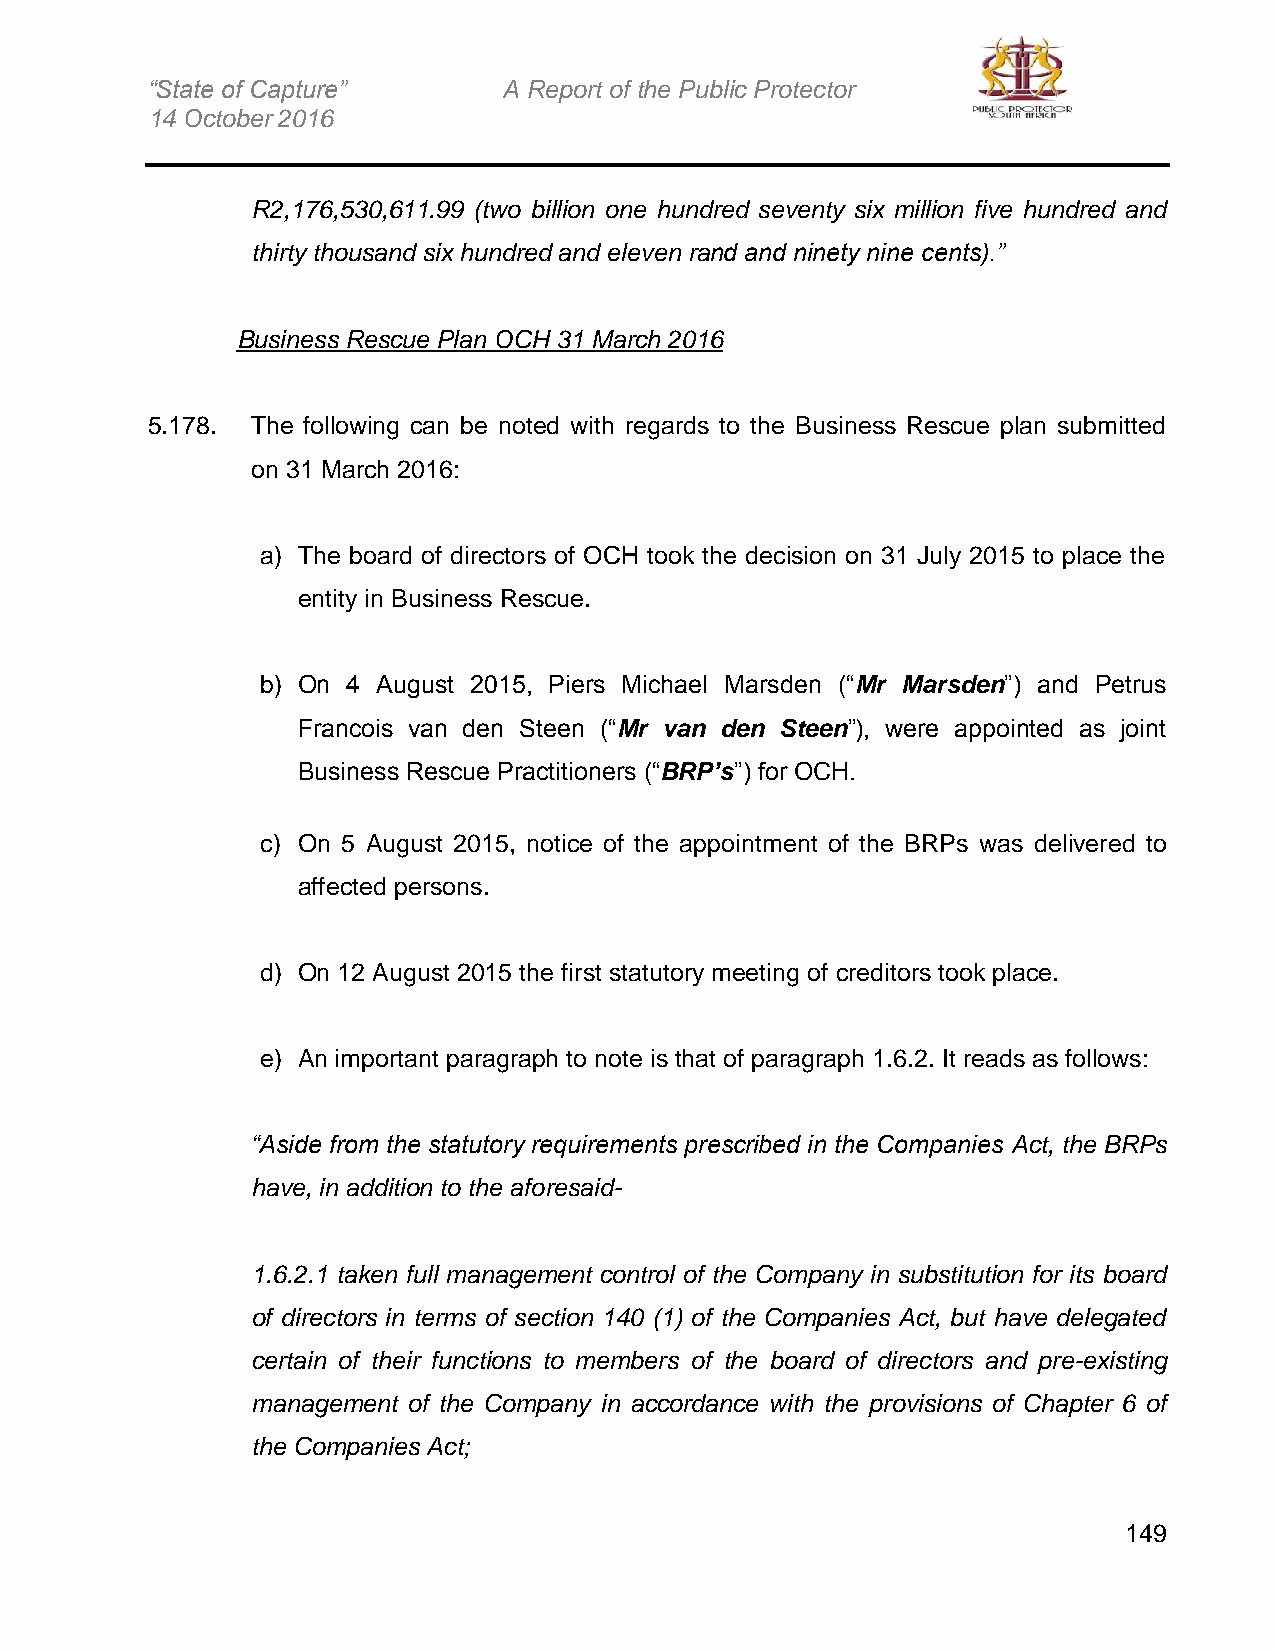
“State of Capture”     A Report of the Public Protector
 14 October 2016
 R2,176,530,611.99 (two billion one hundred seventy six million five hundred and
 thirty thousand six hundred and eleven rand and ninety nine cents).”
 Business Rescue Plan OCH 31 March 2016
 5.178. The following can be noted with regards to the Business Rescue plan submitted
 on 31 March 2016:
 a) The board of directors of OCH took the decision on 31 July 2015 to place the
 entity in Business Rescue.
 b) On 4 August 2015, Piers Michael Marsden (“Mr Marsden”) and Petrus
 Francois van den Steen (“Mr van den Steen”), were appointed as joint
 Business Rescue Practitioners (“BRP’s”) for OCH.
 c) On 5 August 2015, notice of the appointment of the BRPs was delivered to
 affected persons.
 d) On 12 August 2015 the first statutory meeting of creditors took place.
 e) An important paragraph to note is that of paragraph 1.6.2. It reads as follows:
 “Aside from the statutory requirements prescribed in the Companies Act, the BRPs
 have, in addition to the aforesaid-
 1.6.2.1 taken full management control of the Company in substitution for its board
 of directors in terms of section 140 (1) of the Companies Act, but have delegated
 certain of their functions to members of the board of directors and pre-existing
 management of the Company in accordance with the provisions of Chapter 6 of
 the Companies Act;
 149